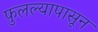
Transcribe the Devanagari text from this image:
फुलल्यापासून